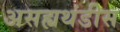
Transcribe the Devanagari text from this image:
असह्यथंडीस